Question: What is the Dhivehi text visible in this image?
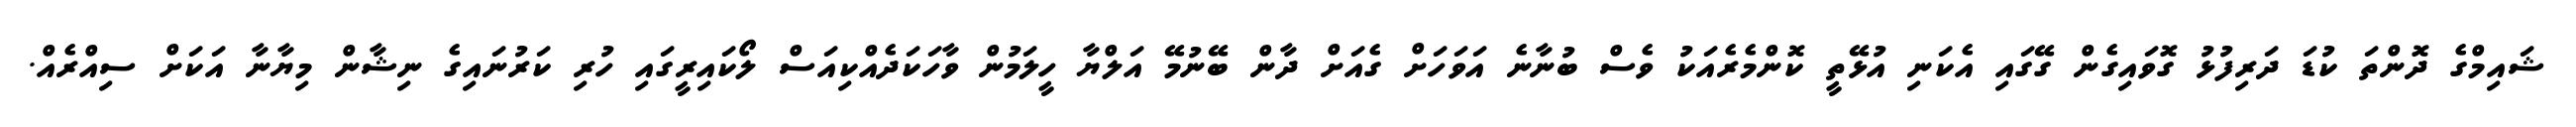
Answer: ޝައިމްގެ ދޮންތަ ކުޑަ ދަރިފުޅު ގޮވައިގެން ގޭގައި އެކަނި އުޅޭތީ ކޮންމެރެއަކު ވެސް ބުނާނެ އަވަހަށް ގެއަށް ދާން ބޭނުމޭ އަލްޔާ ހީލަމުން ވާހަކަދެއްކިއަސް ލޯކައިރީގައި ހުރި ކަރުނައިގެ ނިޝާން މިޔާނާ އަކަށް ސިއްރެއް.